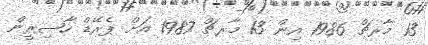
13 މާރޗް 1986 އިން 13 މާރޗް 1987 އަށް ޕެރޭޑް ހާޟިރީން